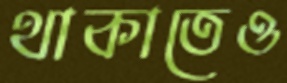
থাকাতেও